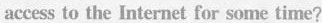
access to the Imternet for somse time?